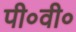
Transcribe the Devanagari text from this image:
पी०वी०